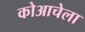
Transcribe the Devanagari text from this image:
कोआचेला